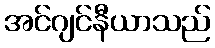
အင်ဂျင်နီယာသည်